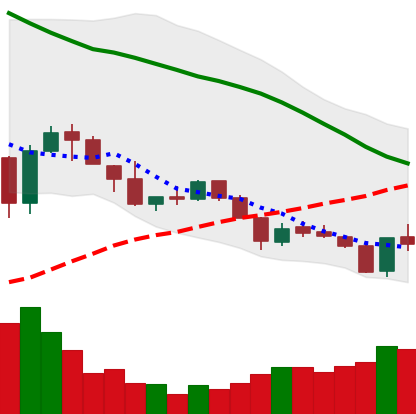
Ticker: XLM-USD
Chart end date: 2018-05-30
Forward return: 5.188%
Label: up_5_7